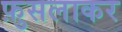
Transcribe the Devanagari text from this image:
फ़ुसलाकर